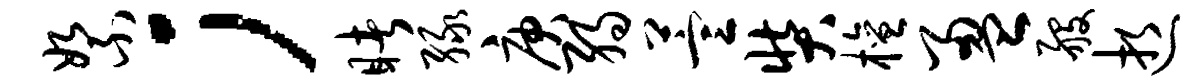
絮；睹绿庚弱萱奘檀盈般逝